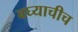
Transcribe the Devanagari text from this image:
बघ्याचीच